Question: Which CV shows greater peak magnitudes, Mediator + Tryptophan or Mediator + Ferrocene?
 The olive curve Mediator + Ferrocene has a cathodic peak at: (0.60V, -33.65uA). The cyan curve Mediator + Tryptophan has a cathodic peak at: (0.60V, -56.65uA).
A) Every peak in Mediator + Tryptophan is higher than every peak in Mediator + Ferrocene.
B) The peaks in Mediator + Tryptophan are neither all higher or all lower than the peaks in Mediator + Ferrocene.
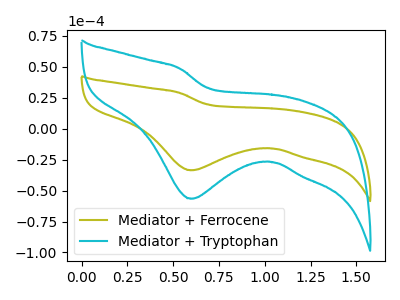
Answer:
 <answer>A) Every peak in "Mediator + Tryptophan" is higher than every peak in "Mediator + Ferrocene".</answer>
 <eval>A</eval>